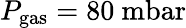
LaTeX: P_{\mathrm{gas}}=80~\mathrm{mbar}